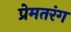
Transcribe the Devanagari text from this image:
प्रेमतरंग